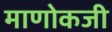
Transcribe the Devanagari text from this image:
माणोकजी